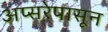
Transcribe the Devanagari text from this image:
अप्सरेपासून